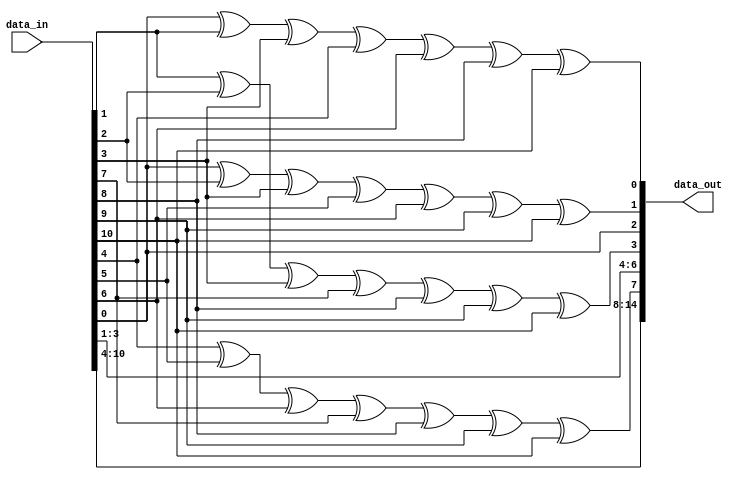
module encoder_bo(data_in,data_out );
 
input [10:0] data_in; 
output reg[14:0] data_out;
  always@(*)
  	begin 
  
      data_out[0]=data_in[0]^data_in[1]^data_in[3]^data_in[4]^data_in[6]^data_in[8]^data_in[10];
      data_out[1]=data_in[0]^data_in[2]^data_in[3]^data_in[5]^data_in[6]^data_in[9]^data_in[10];
      data_out[2]=data_in[0];
      data_out[3]=data_in[1]^data_in[2]^data_in[3]^data_in[7]^data_in[8]^data_in[9]^data_in[10];
      data_out[4]=data_in[1];
      data_out[5]=data_in[2];
      data_out[6]=data_in[3];
	   data_out[7]=data_in[4]^data_in[5]^data_in[6]^data_in[7]^data_in[8]^data_in[9]^data_in[10];
	   data_out[8]=data_in[4];
	   data_out[9]=data_in[5];
	   data_out[10]=data_in[6];
	   data_out[11]=data_in[7];
	   data_out[12]=data_in[8];
	   data_out[13]=data_in[9];
	   data_out[14]=data_in[10];
	  

	end 
endmodule